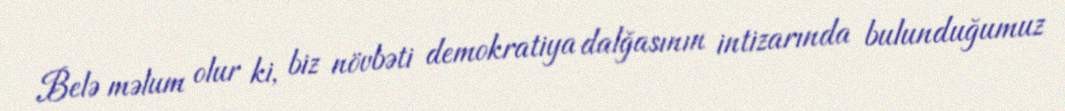
Belə məlum olur ki, biz növbəti demokratiya dalğasının intizarında bulunduğumuz